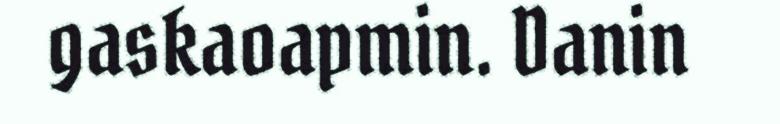
gaskaoapmin. Danin